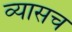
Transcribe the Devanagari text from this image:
व्यासच